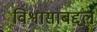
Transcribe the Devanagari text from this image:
विश्वासाबद्दल